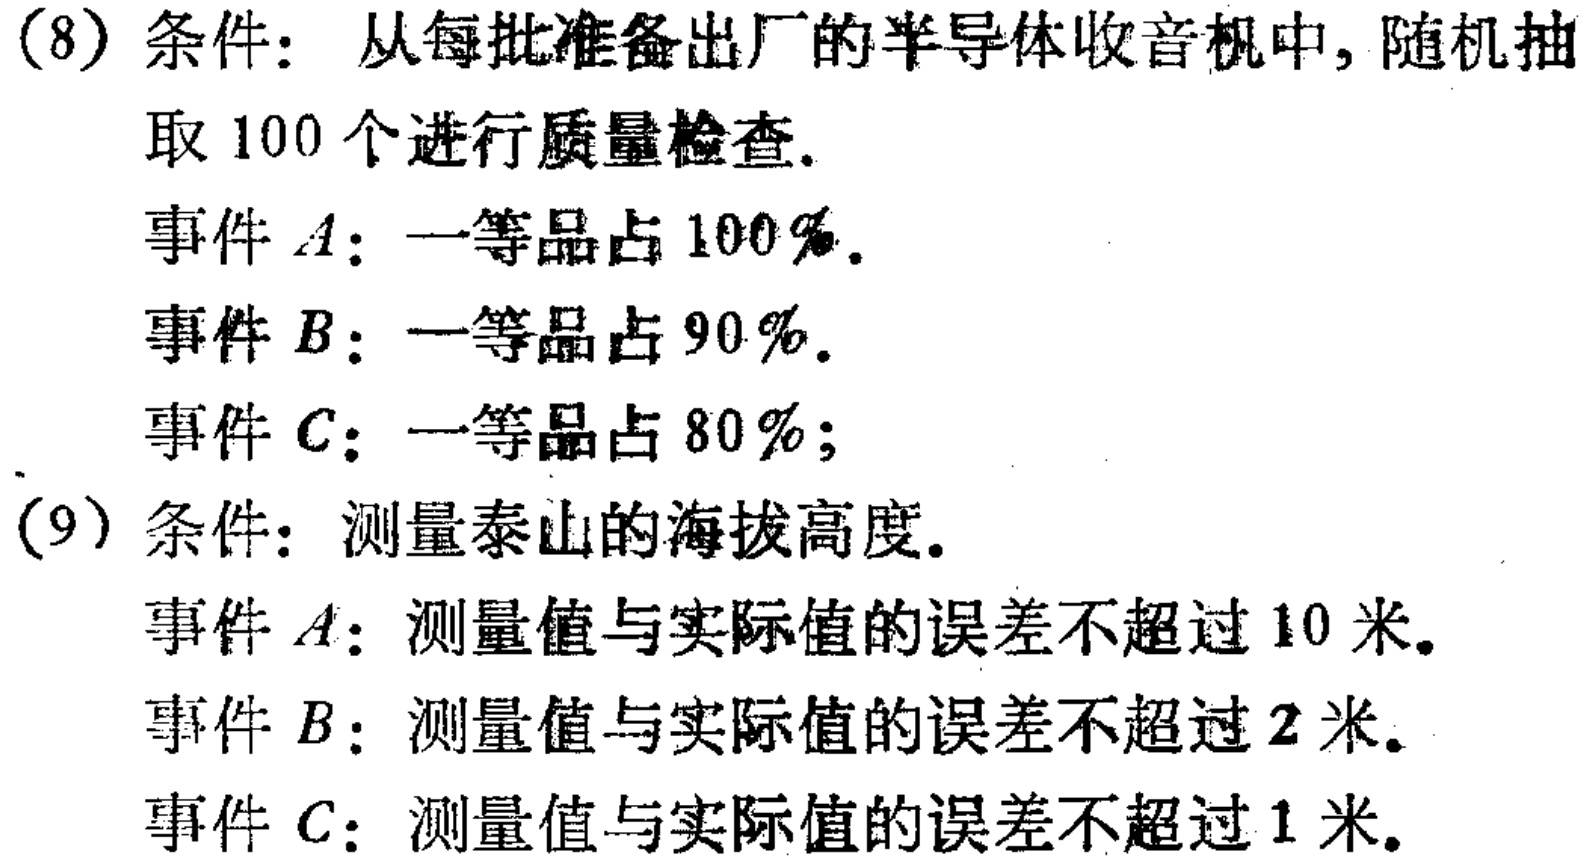
(8) 条件：从每批准备出厂的半导体收音机中, 随机抽取 100 个进行质量检查.
事件 \(A\)：一等品占 \(100\%\).
事件 \(B\)：一等品占 \(90\%\).
事件 \(C\)：一等品占 \(80\%\);
(9) 条件：测量泰山的海拔高度.
事件 \(A\)：测量值与实际值的误差不超过 10 米.
事件 \(B\)：测量值与实际值的误差不超过 2 米.
事件 \(C\)：测量值与实际值的误差不超过 1 米.